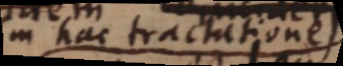
in hac tractationes